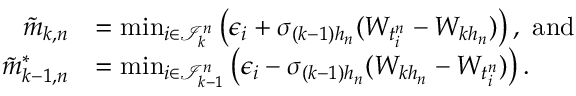
\begin{array} { r l } { \tilde { m } _ { k , n } } & { = \operatorname* { m i n } _ { i \in \mathcal { I } _ { k } ^ { n } } \big ( \epsilon _ { i } + \sigma _ { ( k - 1 ) h _ { n } } ( W _ { t _ { i } ^ { n } } - W _ { k h _ { n } } ) \big ) \, , ~ \mathrm { a n d } } \\ { \tilde { m } _ { k - 1 , n } ^ { * } } & { = \operatorname* { m i n } _ { i \in \mathcal { I } _ { k - 1 } ^ { n } } \big ( \epsilon _ { i } - \sigma _ { ( k - 1 ) h _ { n } } ( W _ { k h _ { n } } - W _ { t _ { i } ^ { n } } ) \big ) \, . } \end{array}